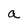
Character: a